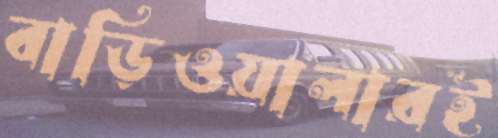
বাড়িওয়ালারই